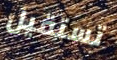
تستقيل